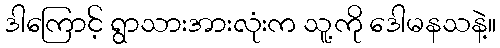
ဒါကြောင့် ရွာသားအားလုံးက သူ့ကို ဒေါမနသနဲ့။